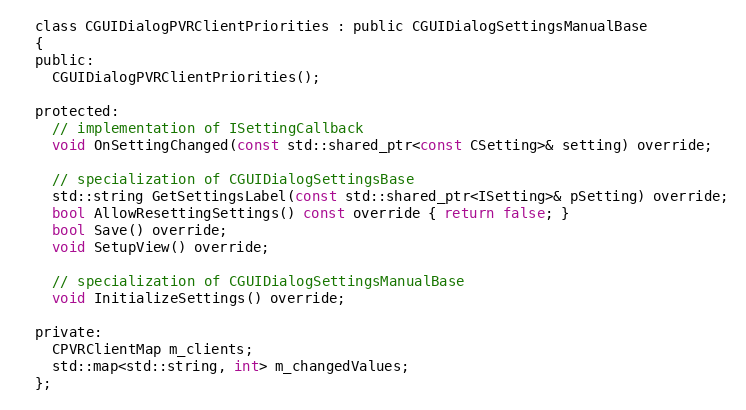
Language: C
  class CGUIDialogPVRClientPriorities : public CGUIDialogSettingsManualBase
  {
  public:
    CGUIDialogPVRClientPriorities();

  protected:
    // implementation of ISettingCallback
    void OnSettingChanged(const std::shared_ptr<const CSetting>& setting) override;

    // specialization of CGUIDialogSettingsBase
    std::string GetSettingsLabel(const std::shared_ptr<ISetting>& pSetting) override;
    bool AllowResettingSettings() const override { return false; }
    bool Save() override;
    void SetupView() override;

    // specialization of CGUIDialogSettingsManualBase
    void InitializeSettings() override;

  private:
    CPVRClientMap m_clients;
    std::map<std::string, int> m_changedValues;
  };